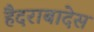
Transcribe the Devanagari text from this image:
हैदराबादेस